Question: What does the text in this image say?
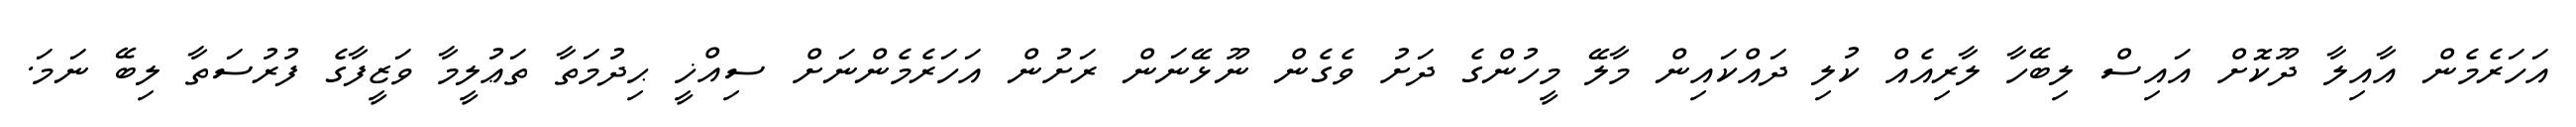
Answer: އަހަރެމެން އާއިލާ ދޫކޮށް އައިސް ލިބޭހާ ލާރިއެއް ކުލި ދައްކައިން މާލޭ މީހުންގެ ދަށު ވެގެން ނޫޅޭނަން ރަށުން އަހަރެމެންނަށް ސިއްޚީ ޙިދުމަތާ ތަޢުލީމާ ވަޒީފާގެ ފުރުސަތާ ލިބޭ ނަމަ.